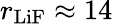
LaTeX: r_{\mathrm{LiF}}\approx 14